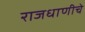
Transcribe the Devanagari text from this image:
राजधाणीचे